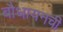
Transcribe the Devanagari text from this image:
बौधायनची